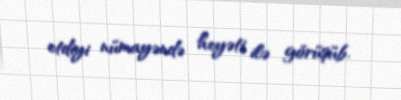
etdiyi nümayəndə heyəti ilə görüşüb.